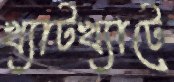
খ্যাটখ্যাটে